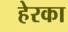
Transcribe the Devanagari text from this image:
हेरका